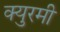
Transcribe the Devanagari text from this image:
क्युरमी